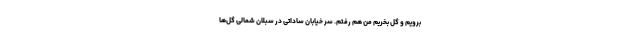
برویم و گل بخریم من هم رفتم. سر خیابان ساداتی در سبلان شمالی گل‌ها